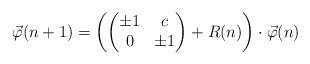
LaTeX: \begin{align*} \vec{\varphi}(n+1)=\left(\begin{pmatrix} \pm 1&c\\ 0&\pm 1 \end{pmatrix}+R(n)\right)\cdot \vec{\varphi}(n) \end{align*}